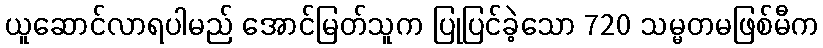
ယူဆောင်လာရပါမည် အောင်မြတ်သူက ပြုပြင်ခဲ့သော 720 သမ္မတမဖြစ်မီက